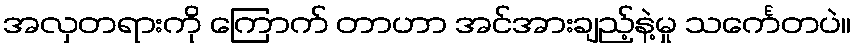
အလှတရားကို ကြောက် တာဟာ အင်အားချည့်နဲ့မှု သင်္ကေတပဲ။